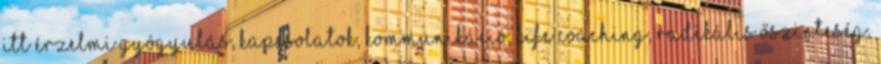
itt Érzelmi Gyógyulás, kapcsolatok, Kommunikáció, life coaching, Radikális őszinteség,